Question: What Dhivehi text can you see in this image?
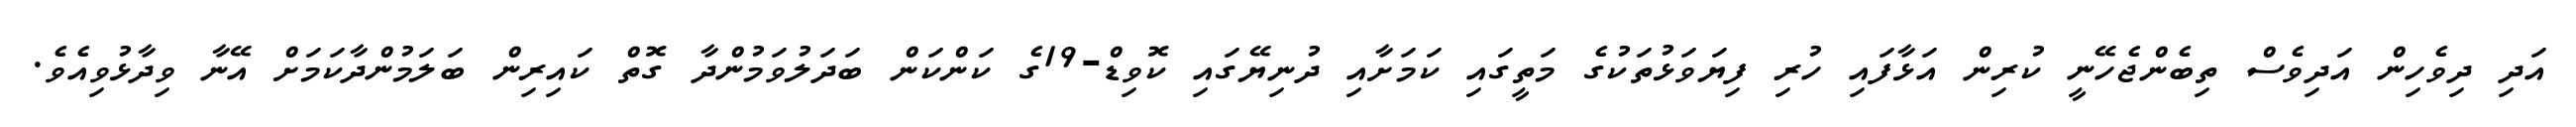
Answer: އަދި ދިވެހިން އަދިވެސް ތިބެންޖެހޭނީ ކުރިން އަޅާފައި ހުރި ފިޔަވަޅުތަކުގެ މަތީގައި ކަމަށާއި ދުނިޔޭގައި ކޮވިޑް-19ގެ ކަންކަން ބަދަލުވަމުންދާ ގޮތް ކައިރިން ބަލަމުންދާކަމަށް އޭނާ ވިދާޅުވިއެވެ.